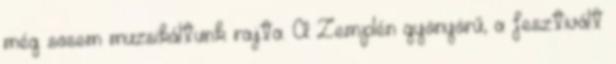
még sosem muzsikáltunk rajta. A Zemplén gyönyörű, a fesztivált